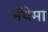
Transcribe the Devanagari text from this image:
मॅथेमा